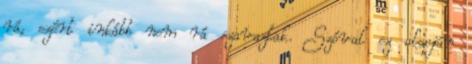
rá, ezért inkább nem rá szavaztak. Szóval ez alapján